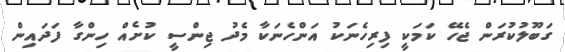
ގަބޫލުކުރަން ޖެހޭ ކަމަކީ ފިރިހެނަކު އަންހެނަކާ މެދު ޖިންސީ ކުށެއް ހިންގާ ފަދައިން